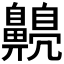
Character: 𪕿